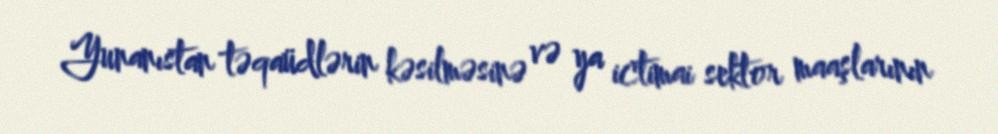
Yunanıstan təqaüdlərin kəsilməsinə və ya ictimai sektor maaşlarının